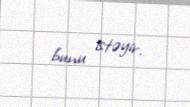
bunu istəyir.